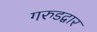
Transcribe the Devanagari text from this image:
गरुडद्वार